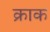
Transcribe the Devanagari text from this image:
क्राक